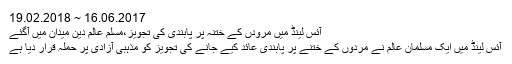
16.06.2017 ~ 19.02.2018
آئس لینڈ میں مرودں کے ختنہ پر پابندی کی تجویز،مسلم عالم دین میدان میں آگئے
آئس لینڈ میں ایک مسلمان عالم نے مردوں کے ختنے پر پابندی عائد کیے جانے کی تجویز کو مذہبی آزادی پر حملہ قرار دیا ہے